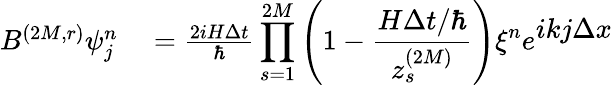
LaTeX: \begin{array}{rl}{B^{(2M,r)}\psi_{j}^{n}}&{{}=\frac{2iH\Delta t}{\hbar}\displaystyle\prod_{s=1}^{2M}\left(1-\frac{H\Delta t/\hbar}{z_{s}^{(2M)}}\right)\xi^{n}e^{\textstyle ikj\Delta x}}\end{array}